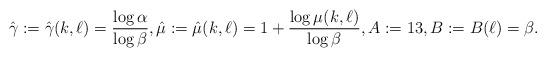
LaTeX: \begin{align*}\hat{\gamma}:=\hat{\gamma}(k,\ell)=\frac{\log \alpha}{\log\beta},\hat{\mu}:=\hat{\mu}(k,\ell)=1+\frac{\log\mu(k,\ell)}{\log\beta}, A:=13,{}B:=B(\ell)=\beta.\end{align*}